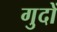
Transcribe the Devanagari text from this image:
गुदों